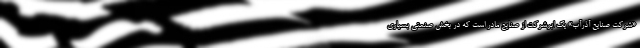
«شرکت صنایع آذرآب» یک ابرشرکت از صنایع مادر است که در بخش صنعتی بسیاری